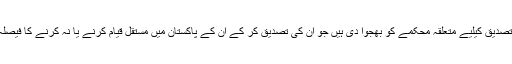
درخواستیں تصدیق کیلیے متعلقہ محکمے کو بھجوا دی ہیں جو ان کی تصدیق کر کے ان کے پاکستان میں مستقل قیام کرنے یا نہ کرنے کا فیصلہ کریں گے۔